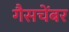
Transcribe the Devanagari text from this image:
गैसचेंबर